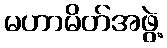
မဟာမိတ်အဖွဲ့